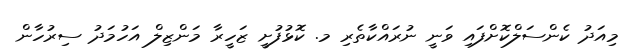
މިއަދު ކެންސަލްކޮށްފައި ވަނީ ނުރައްކާތެރި މ. ކޮޅުފުށީ ޒަހީރާ މަންޒިލް އަހުމަދު ސިރުހާން